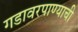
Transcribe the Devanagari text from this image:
गडावरपाण्याची